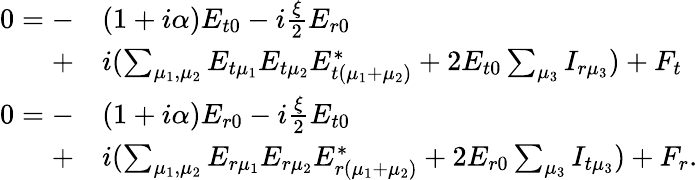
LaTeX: \begin{array}{rl}{0=-}&{(1+i\alpha)E_{t0}-i\frac{\xi}{2}E_{r0}}\\ {+}&{i(\sum_{\mu_{1},\mu_{2}}E_{t\mu_{1}}E_{t\mu_{2}}E_{t(\mu_{1}+\mu_{2})}^{*}+2E_{t0}\sum_{\mu_{3}}I_{r\mu_{3}})+F_{t}}\\ {0=-}&{(1+i\alpha)E_{r0}-i\frac{\xi}{2}E_{t0}}\\ {+}&{i(\sum_{\mu_{1},\mu_{2}}E_{r\mu_{1}}E_{r\mu_{2}}E_{r(\mu_{1}+\mu_{2})}^{*}+2E_{r0}\sum_{\mu_{3}}I_{t\mu_{3}})+F_{r}.}\end{array}